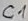
Text: C1